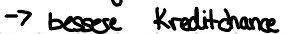
-> bessere Kreditchance